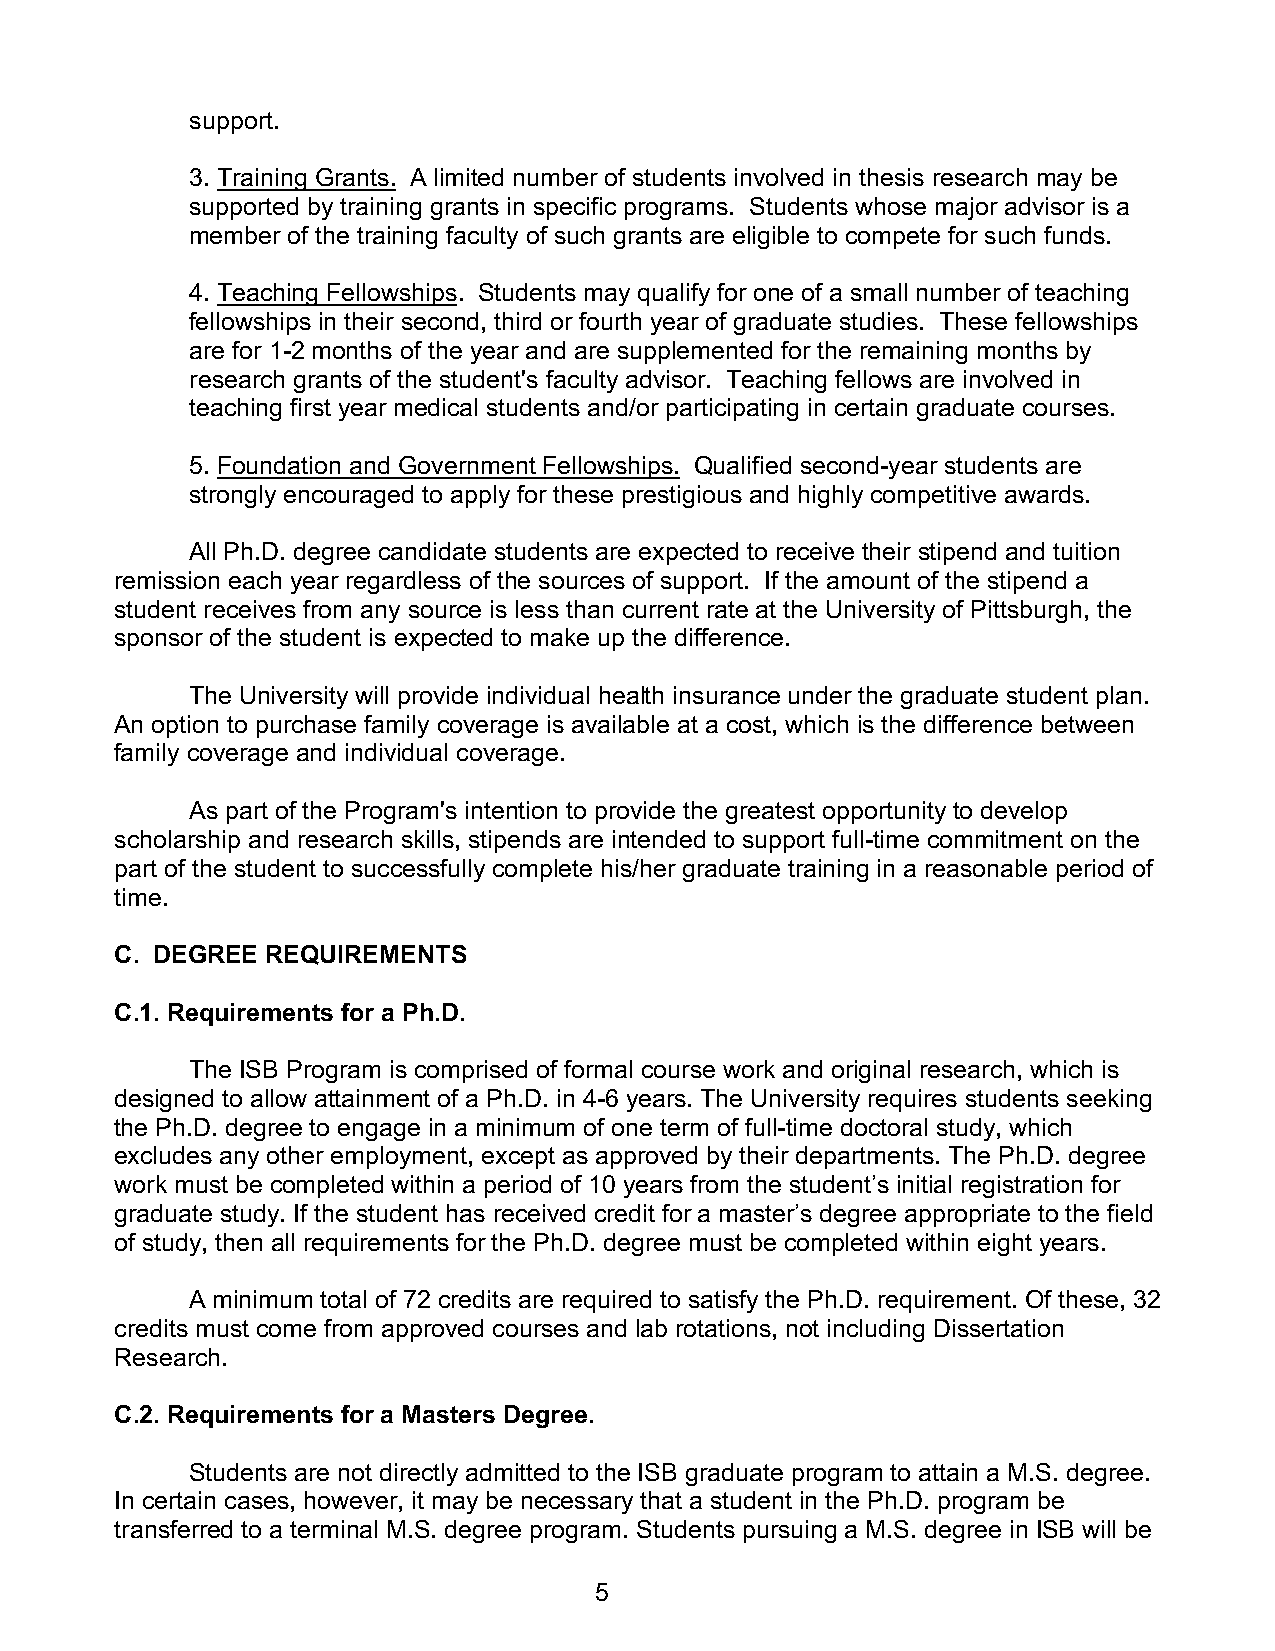
support.
 3. Training Grants. A limited number of students involved in thesis research may be
 supported by training grants in specific programs. Students whose major advisor is a
 member of the training faculty of such grants are eligible to compete for such funds.
 4. Teaching Fellowships. Students may qualify for one of a small number of teaching
 fellowships in their second, third or fourth year of graduate studies. These fellowships
 are for 1-2 months of the year and are supplemented for the remaining months by
 research grants of the student's faculty advisor. Teaching fellows are involved in
 teaching first year medical students and/or participating in certain graduate courses.
 5. Foundation and Government Fellowships. Qualified second-year students are
 strongly encouraged to apply for these prestigious and highly competitive awards.
 All Ph.D. degree candidate students are expected to receive their stipend and tuition
 remission each year regardless of the sources of support. If the amount of the stipend a
 student receives from any source is less than current rate at the University of Pittsburgh, the
 sponsor of the student is expected to make up the difference.
 The University will provide individual health insurance under the graduate student plan.
 An option to purchase family coverage is available at a cost, which is the difference between
 family coverage and individual coverage.
 As part of the Program's intention to provide the greatest opportunity to develop
 scholarship and research skills, stipends are intended to support full-time commitment on the
 part of the student to successfully complete his/her graduate training in a reasonable period of
 time.
 C. DEGREE REQUIREMENTS
 C.1. Requirements for a Ph.D.
 The ISB Program is comprised of formal course work and original research, which is
 designed to allow attainment of a Ph.D. in 4-6 years. The University requires students seeking
 the Ph.D. degree to engage in a minimum of one term of full-time doctoral study, which
 excludes any other employment, except as approved by their departments. The Ph.D. degree
 work must be completed within a period of 10 years from the student’s initial registration for
 graduate study. If the student has received credit for a master’s degree appropriate to the field
 of study, then all requirements for the Ph.D. degree must be completed within eight years.
 A minimum total of 72 credits are required to satisfy the Ph.D. requirement. Of these, 32
 credits must come from approved courses and lab rotations, not including Dissertation
 Research.
 C.2. Requirements for a Masters Degree.
 Students are not directly admitted to the ISB graduate program to attain a M.S. degree.
 In certain cases, however, it may be necessary that a student in the Ph.D. program be
 transferred to a terminal M.S. degree program. Students pursuing a M.S. degree in ISB will be
 5